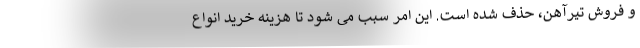
و فروش تیرآهن، حذف شده است. این امر سبب می شود تا هزینه خرید انواع